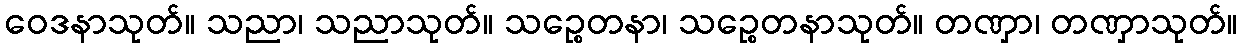
ဝေဒနာသုတ်။ သညာ၊ သညာသုတ်။ သဉ္စေတနာ၊ သဉ္စေတနာသုတ်။ တဏှာ၊ တဏှာသုတ်။